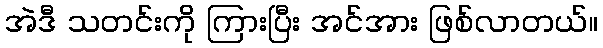
အဲဒီ သတင်းကို ကြားပြီး အင်အား ဖြစ်လာတယ်။